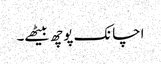
اچانک پوچھ بیٹھے۔